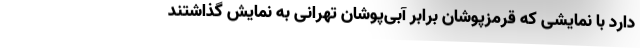
دارد با نمایشی که قرمزپوشان برابر آبی‌پوشان تهرانی به نمایش گذاشتند